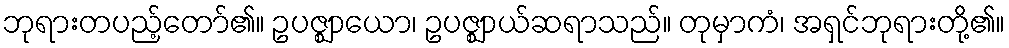
ဘုရားတပည့်တော်၏။ ဥပဇ္ဈာယော၊ ဥပဇ္ဈာယ်ဆရာသည်။ တုမှာကံ၊ အရှင်ဘုရားတို့၏။